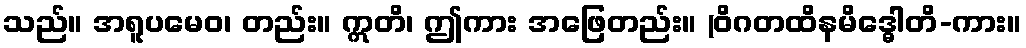
သည်။ အရူပမေဝ၊ တည်း။ ဣတိ၊ ဤကား အဖြေတည်း။ (ဝိဂတထိနမိဒ္ဓေါတိ-ကား။